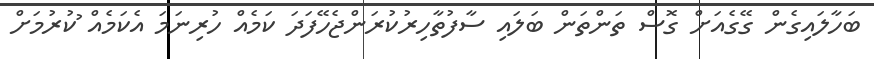
ބަހާލައިގެން ގޭގެއަށް ގޮސް ތަންތަން ބަަލައި ސާފުތާހިރުކުރަންޖެހޭފަަދަ ކަމެއް ހުރިނަމަ އެކަމެއް ުކުރުމަށް